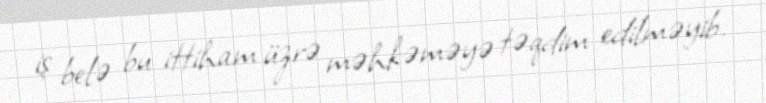
iş belə bu ittiham üzrə məhkəməyə təqdim edilməyib.